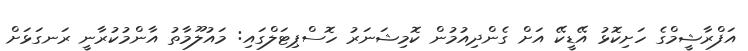
އަފްރާޝީމްގެ ހަށިކޮޅު އޭޑީކޭ އަށް ގެންދިއުމުން ކޮމިޝަނަރު ހޮސްޕިޓަލްގައި: މައުލޫމާތު އާންމުކުރާނީ ރަނގަޅަށް